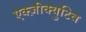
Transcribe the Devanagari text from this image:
एक्ज़ीक्युटिव